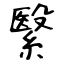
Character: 繄